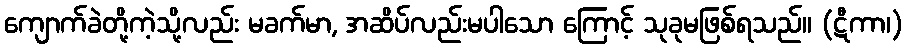
ကျောက်ခဲတို့ကဲ့သို့လည်း မခက်မာ, အဆိပ်လည်းမပါသော ကြောင့် သုခုမဖြစ်ရသည်။ (ဋီကာ၊)